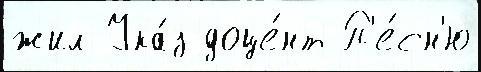
жил Ука́з доце́нт П'е́сн'ю